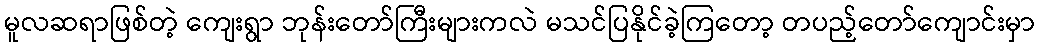
မူလဆရာဖြစ်တဲ့ ကျေးရွာ ဘုန်းတော်ကြီးများကလဲ မသင်ပြနိုင်ခဲ့ကြတော့ တပည့်တော်ကျောင်းမှာ